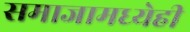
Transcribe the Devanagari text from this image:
समाजामध्येही